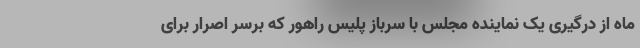
ماه از درگیری یک نماینده مجلس با سرباز پلیس راهور که برسر اصرار برای